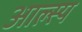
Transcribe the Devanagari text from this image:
आल्स्य